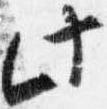
此